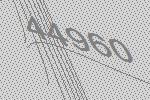
44960